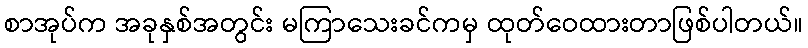
စာအုပ်က အခုနှစ်အတွင်း မကြာသေးခင်ကမှ ထုတ်ဝေထားတာဖြစ်ပါတယ်။